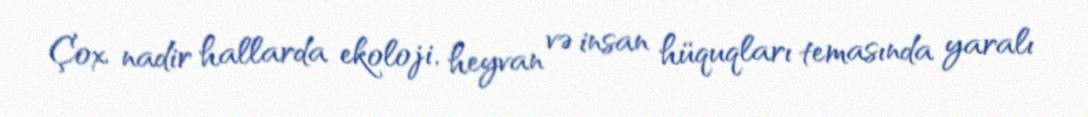
Çox nadir hallarda ekoloji, heyvan və insan hüquqları temasında yaralı